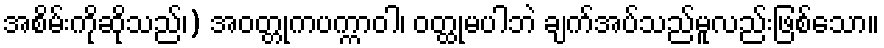
အစိမ်းကိုဆိုသည်၊) အဝတ္တုကပက္ကာဝါ၊ ဝတ္ထုမပါဘဲ ချက်အပ်သည်မူလည်းဖြစ်သော။